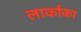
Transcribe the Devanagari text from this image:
लार्काका